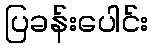
ပြခန်းပေါင်း